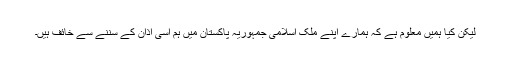
لیکن کیا ہمیں معلوم ہے کہ ہمارے اپنے ملک اسلامی جمہوریہ پاکستان میں ہم اسی اذان کے سننے سے خائف ہیں۔